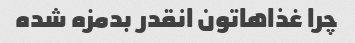
چرا غذاهاتون انقدر بدمزه شده